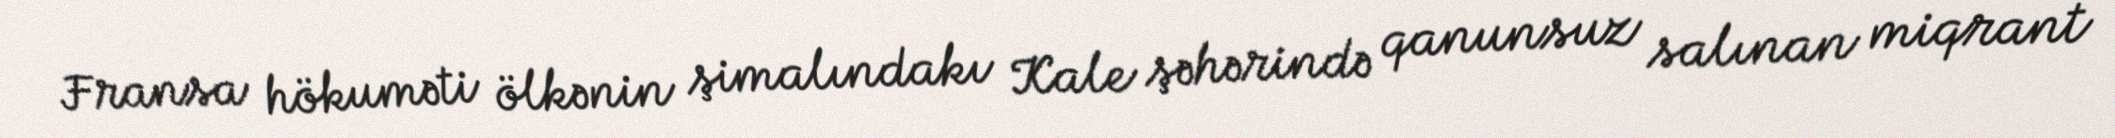
Fransa hökuməti ölkənin şimalındakı Kale şəhərində qanunsuz salınan miqrant